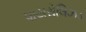
પાયરોલિઝડ